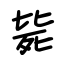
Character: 毙